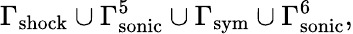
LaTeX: \Gamma_{\mathrm{shock}}\cup\Gamma_{\mathrm{sonic}}^{5}\cup\Gamma_{\mathrm{sym}}\cup\Gamma_{\mathrm{sonic}}^{6},